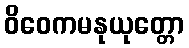
ဝိဝေကမနုယုတ္တော